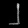
Digit: ၂